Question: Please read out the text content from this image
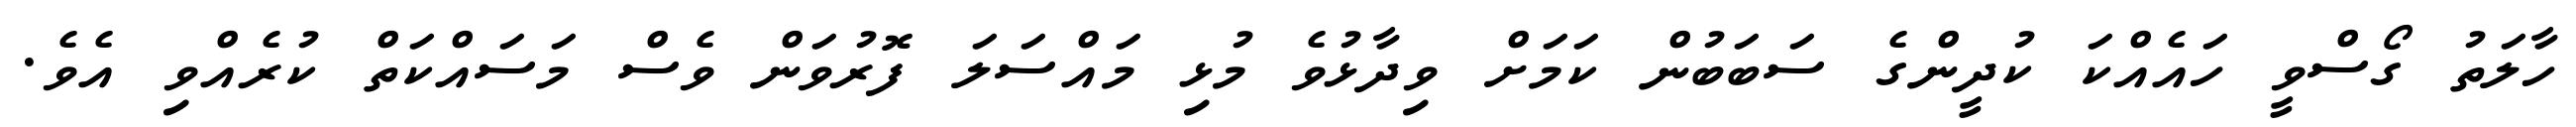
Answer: ހާލަތު ގޯސްވީ ހައެއްކަ ކުދީންގެ ސަބަބުން ކަމަށް ވިދާޅުވެ މުޅި މައްސަލަ ފޮރުވަން ވެސް މަސައްކަތް ކުރެއްވި އެވެ.